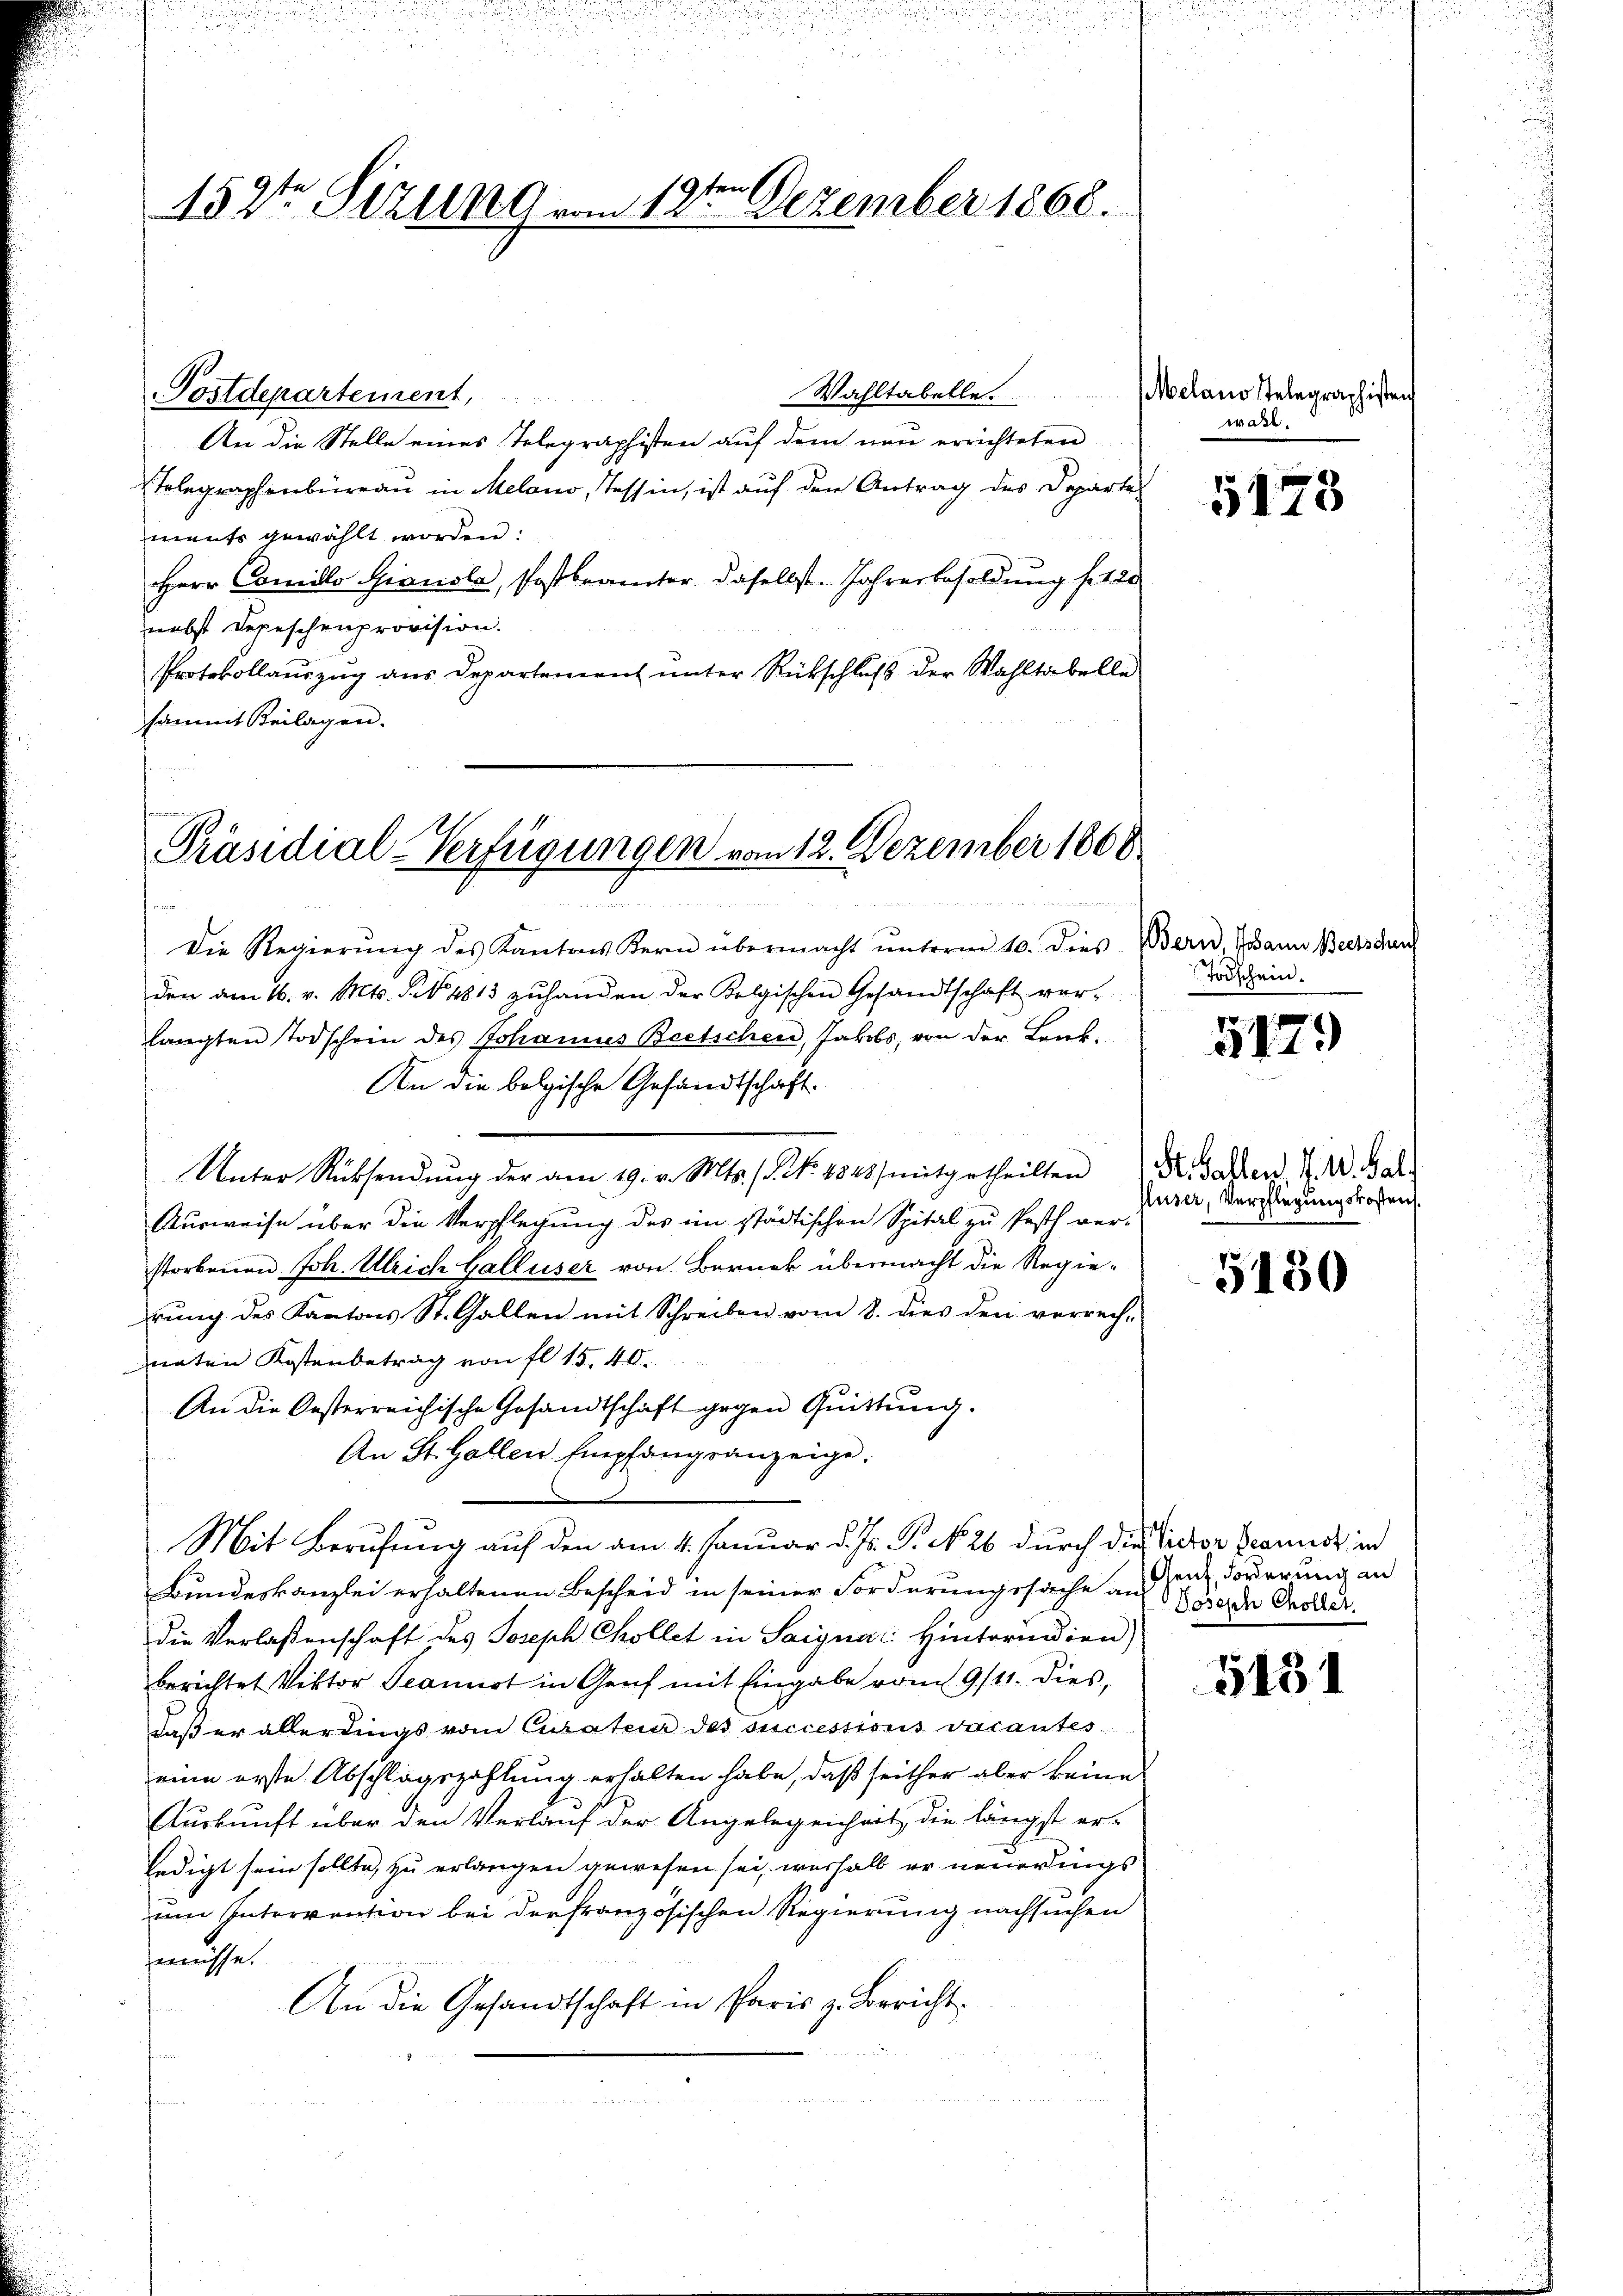
152ten Sizung vom 12te͇n Dezember 1868.

Wahltabelle. Melano stelegraphisten
An die Stelle eines Telegraphisten auf dem neu errichteten
Stelegraphenbüreau in Melono, Tessin, ist auf der Antrag des Departes
ments gewählt worden:
Herr Camillo Gianola, Postbrämter daselbst. Jahresbesoldung f. 120
nebst Depeschenprovision.
Protokollauszug aus Departement unter Rückschluß der Wahltabelle
sammt Beilagen.

Postdepartement,

Präsidial-Verfügungen vom 12. Dezember 1868
3
nendenen eine

s

Die Regierŭng des Kantons Kern übermacht ŭnterm 10. dies Bern, dann Beerdun
den am 16. v. Mts. § 4813 zŭhanden der Polgischen Gesandtschaft ver-
langten Todschein des Johannes Beetschen, Jakobs, von der Laub-
An die belgische Gesandtschaft.
Unter Rücksendŭng der am 19. v. Mts. f. No. 1848 / mitgetheilten. Den 7. A. Gal
Ausweise über die Verpflechung des im städtischen Spital zu Pesth verstorbenen Joh. Ulrich Galluser von Berner übermacht die Regierung des Kantons St. Gallen mit Schreiben vom 8. dies den verrech-
naten Kostenbetrag von fl 15,40
An die Oesterreichische Gesandtschaft gegen Quittung.
An St. Gallen Empfangsanzeige.
Mit Berufung auf den am 4. Januar d. Js. 1. No 26 durch die Victor Brannes in
Bundeskanzlei erhaltenen Bescheid in seiner Forderungssache an der, Forderung an
die Verlaßenschaft des Joseph Chollet in Saignac: Hinterndien)
berichtet Viktor Scannst in Genf mit Eingabe vom 9/11. dies,
daß er allerdings vom Curaten des successions vacantes
eine erste Abschlagszahlung erhalten habe, daß seither aber keine
Auskunft über den Verlauf der Angelegenheit, die längst er-
ledigt sein sollte, zu erlangen gewesen sei, weshalb er neuerdings
um Intervention bei der französischen Regierung nachsuchen
müsse.
An die Gesandtschaft in Paris z. Bericht

wahl.

5173

Todschein.

5179

luser, Verpflegung stoßen.

5130

Joseph Chollet.

5431